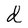
Character: d